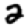
Digit: 2